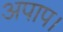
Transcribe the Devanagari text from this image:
अपाप।